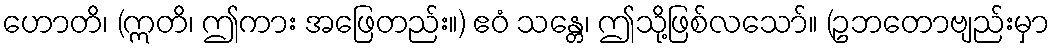
ဟောတိ၊ (ဣတိ၊ ဤကား အဖြေတည်း။) ဧဝံ သန္တေ၊ ဤသို့ဖြစ်လသော်။ (ဥဘတောဗျည်းမှာ